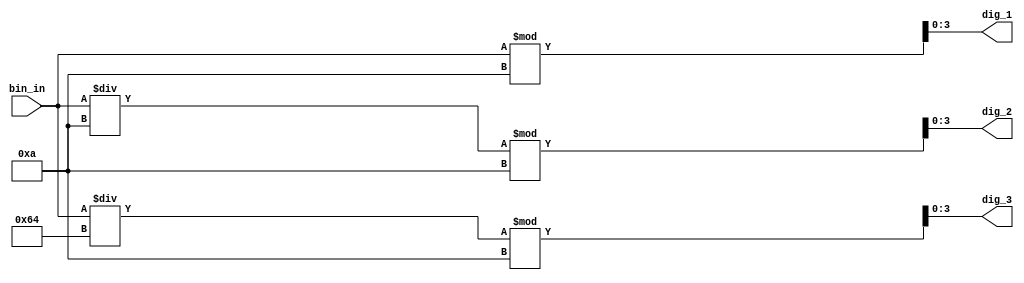
module bin_dec_decoder(bin_in, dig_3, dig_2, dig_1);
    input [7:0] bin_in;
    output [3:0] dig_3;
    output [3:0] dig_2;
    output [3:0] dig_1;

    assign dig_1 = bin_in % 10;
    assign dig_2 = (bin_in/10) % 10;
    assign dig_3 = (bin_in/100) % 10;

endmodule